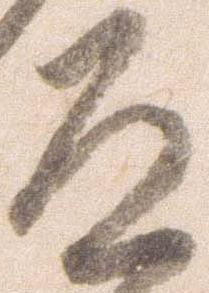
道